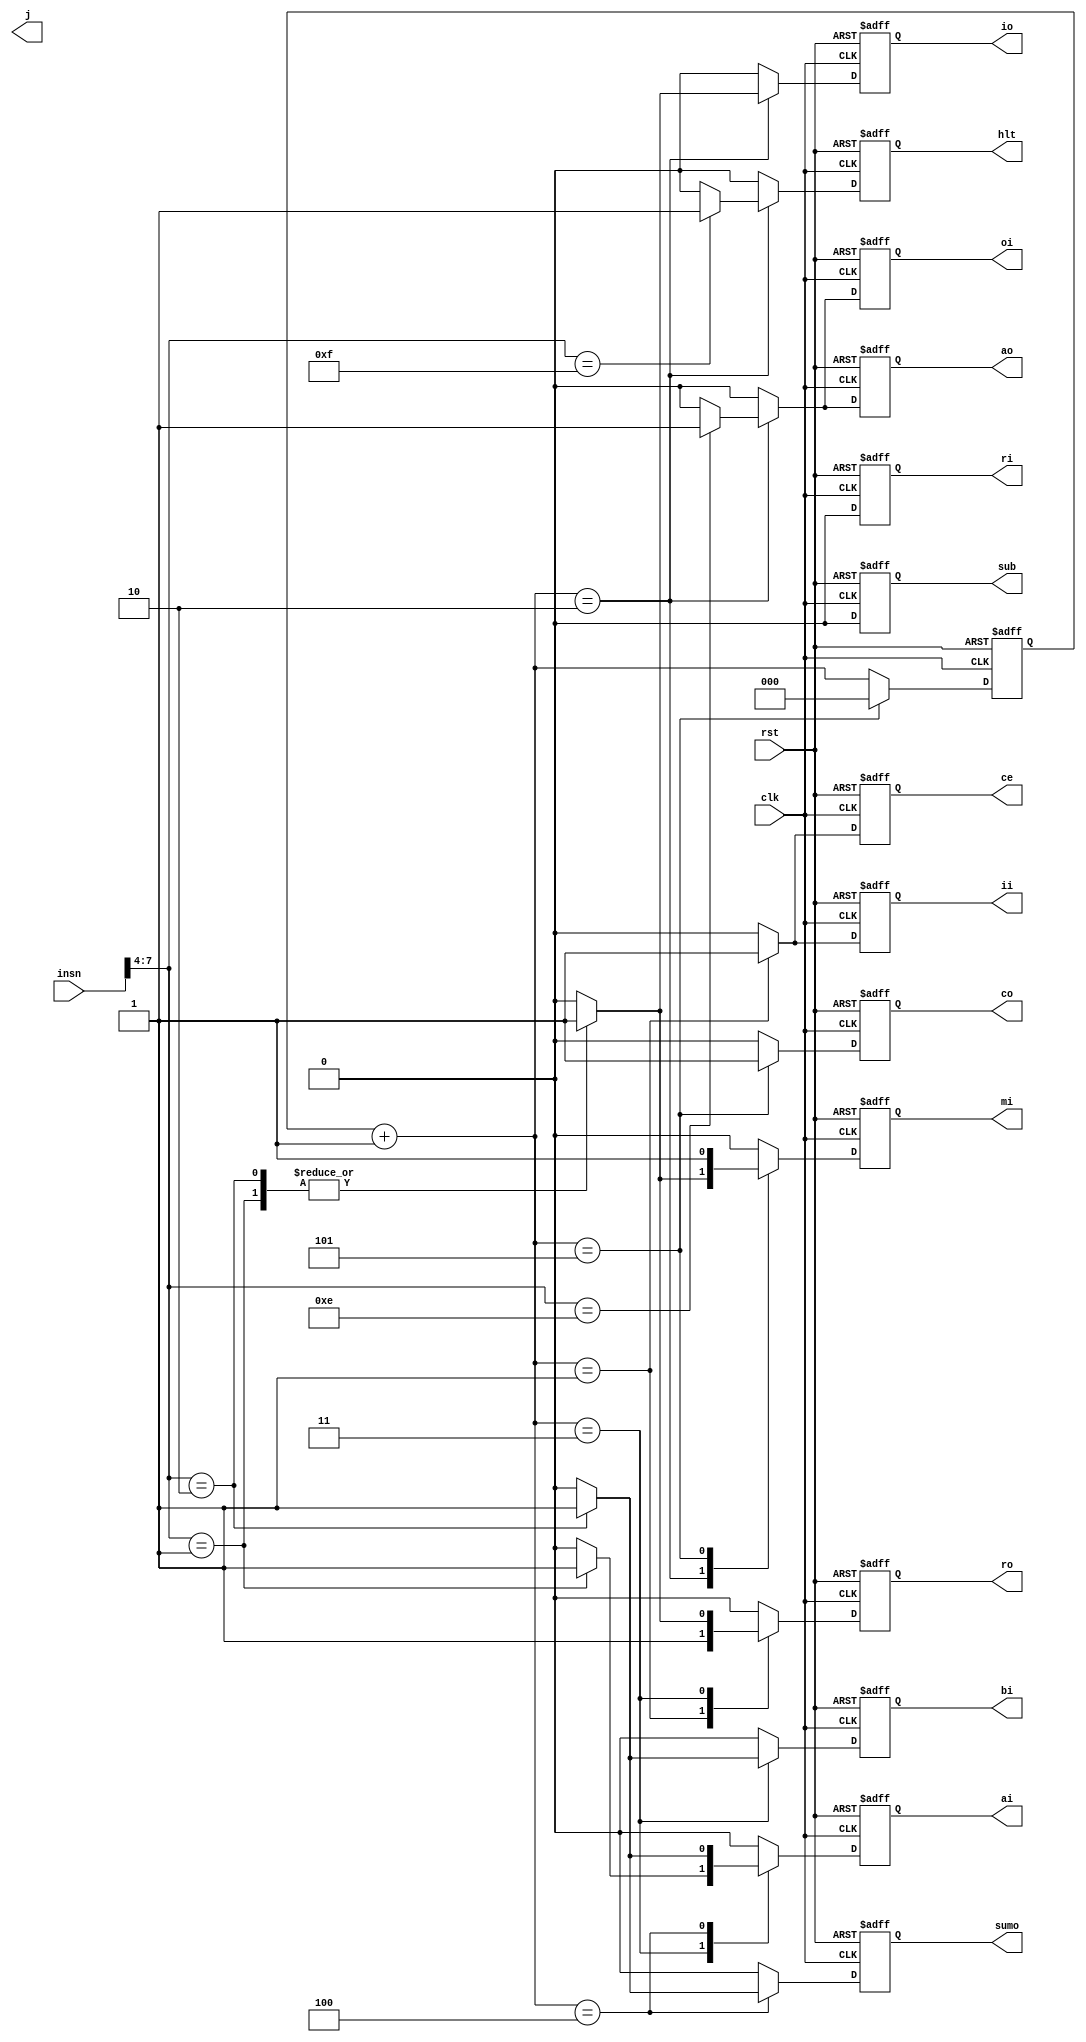
// This program was cloned from: https://github.com/jasonkaufmann/ice40FPGAProjects
// License: MIT License

module decoder (
    //INPUTS
    input wire [7:0] insn,
    input clk,
    input rst,

    //OUTPUTS
    output reg hlt,
    output reg mi,
    output reg ri,
    output reg ro,
    output reg io,
    output reg ii,
    output reg ai,
    output reg ao,
    output reg sumo,
    output reg sub,
    output reg bi,
    output reg oi,
    output reg ce, 
    output reg co,
    output reg j );

reg [2:0] microClk = 0;
wire [3:0] opcode = insn[7:4]; //grab the opcode

/* make a microcode clock that counts from
0 to 5 and then resets to know which microcode instruction
we're on */
always @(negedge clk or posedge rst) begin


    {hlt, mi, ri, ro, io, ii, ai, ao, sumo, sub, bi, oi, ce, co} = 1'b0;

    if(rst == 1'b1) begin
        microClk = 3'b000;
        mi = 1; co = 1;
    end else begin
        microClk = microClk + 1;
        case (microClk)
            3'b001: begin
                ro = 1; ii = 1; ce = 1;
            end
            3'b010: begin
                case (opcode)
                    4'b0001: begin
                        mi = 1; io = 1;
                    end
                    4'b0010: begin
                        mi = 1; io = 1;
                    end
                    4'b1110: begin
                        ao = 1; oi = 1;
                    end
                    4'b1111: begin
                        hlt = 1;
                    end
                endcase
            end
            3'b011: begin
                case (opcode)
                    4'b0001: begin
                        ro = 1; ai = 1;
                    end
                    4'b0010: begin
                        ro = 1; bi = 1;
                    end
                endcase
            end
            3'b100: begin
                case (opcode)
                    4'b0010: begin
                        ai = 1; sumo = 1;
                    end
                endcase
            end
            3'b101: begin
                microClk = 3'b000;
                mi = 1; co = 1;
            end
        endcase
    end   
end
endmodule